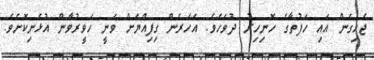
ޖެހިގެން އައި ހަފުތާގެ ހޮނިހިރު ދުވަހެވެ. އަހަރެން ގިފިއްޔަށް ވަނީ ހަވީރުވާން އުޅެނިކޮށެވެ.